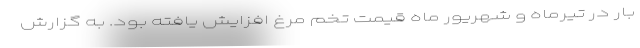
بار در تیرماه و شهریور ماه قیمت تخم مرغ افزایش یافته بود. به گزارش